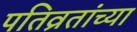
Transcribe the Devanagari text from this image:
पतिव्रतांच्या